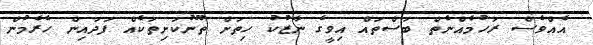
އެއްވެސް ރަހުމެއްނެތް ބަސްތައް އިވީގެ ނާޒުކު ހިތަށް ތޫނުކަށިތަކެއް ފަދައިން ހެރެމުން